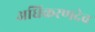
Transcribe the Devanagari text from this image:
अधिकरणदेव